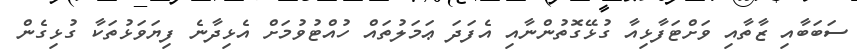
ސަބަބާއި ޒާތާއި ވަށްޓަފާޅިއާ ގުޅޭގޮތުންނާއި އެފަދަ ޢަމަލުތައް ހުއްޓުވުމަށް އެޅިދާނެ ފިޔަވަޅުތަކާ ގުޅިގެން